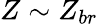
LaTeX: Z\sim Z_{br}